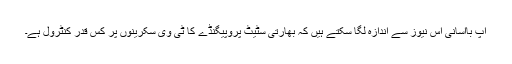
آپ باآسانی اس نیوز سے اندازہ لگا سکتے ہیں کہ بھارتی سٹیٹ پروپیگنڈے کا ٹی وی سکرینوں پر کس قدر کنٹرول ہے۔